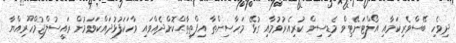
ދިވެހި ބޭސްވެރިކަމާއި އޯލްޓަނޭޓިވް މެޑިސިން ކުރިއެރުވުމާއި ގުޅޭ މަހާސިންތާ އިފްތިތާޙްކޮށްދެއްވައި ވާހަކަފުޅުދައްކަވަމުން ރައީސުލްޖުމްހޫރިއްޔާ